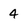
Character: 4